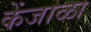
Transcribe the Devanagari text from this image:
केंजाळा